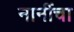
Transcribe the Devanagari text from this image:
नानींचा